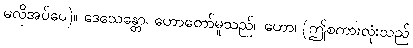
မလိုအပ်ပေ)။ ဒေသေန္တော၊ ဟောတော်မူသည်။ ဟော၊ (ဤစကားလုံးသည်